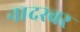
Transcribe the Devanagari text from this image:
नादस्वर